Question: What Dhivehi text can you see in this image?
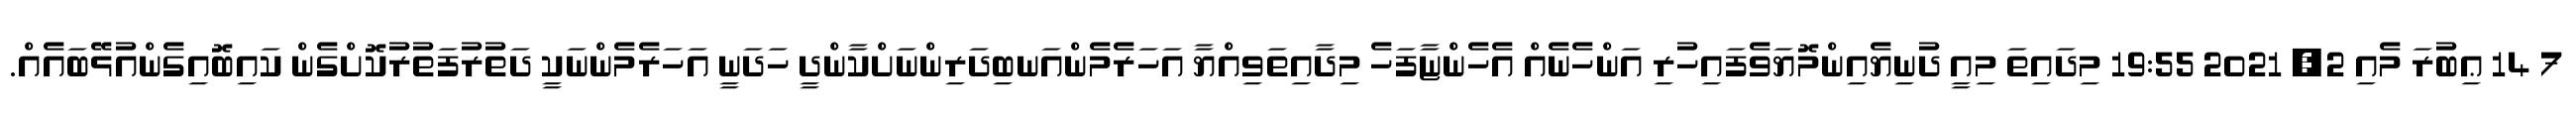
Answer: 7 14 ޢިބުރަ މެއި 2, 2021 19:55 މިދައިތަ މިއީ ދުނިޔެއިންމޮޔަވެފައިހުރި އަންހެނެއް އެހެންޏާފަހެ މިދާއިތަވިއްޔާ އަހަރެމެންއަނބިދަރިންނަށްކާންދީ ހަދަނީ އަހަރެމެންނަކީ ދަތުރުފަތުރުކޮށްގެން ކައިބޮއިގެންއުޅޭބައެއް.